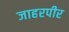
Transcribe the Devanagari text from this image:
जाहरपीर